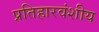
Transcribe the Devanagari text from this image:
प्रतिहारवंशीय